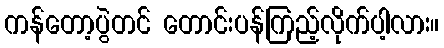
ကန်တော့ပွဲတင် တောင်းပန်ကြည့်လိုက်ပါ့လား။